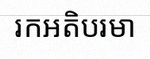
រកអតិបរមា